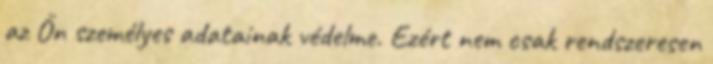
az Ön személyes adatainak védelme. Ezért nem csak rendszeresen